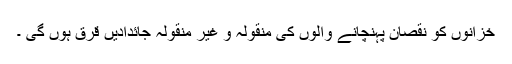
خزانوں کو نقصان پہنچانے والوں کی منقولہ و غیر منقولہ جائدادیں قرق ہوں گی ۔